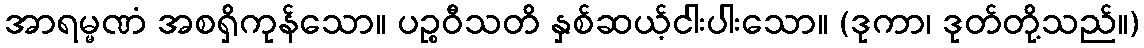
အာရမ္မဏံ အစရှိကုန်သော။ ပဉ္စဝီသတိ နှစ်ဆယ့်ငါးပါးသော။ (ဒုကာ၊ ဒုတ်တို့သည်။)